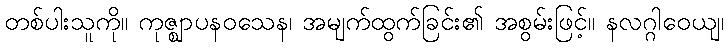
တစ်ပါးသူကို။ ကုဇ္ဈာပနဝသေန၊ အမျက်ထွက်ခြင်း၏ အစွမ်းဖြင့်။ နလဂ္ဂါဝေယျ၊